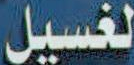
لغسيل